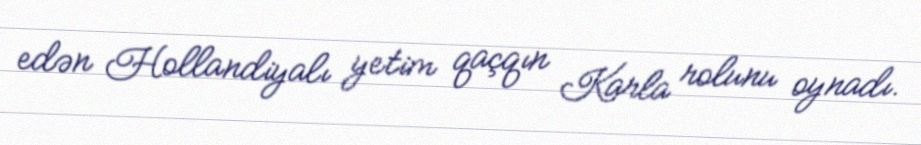
edən Hollandiyalı yetim qaçqın Karla rolunu oynadı.